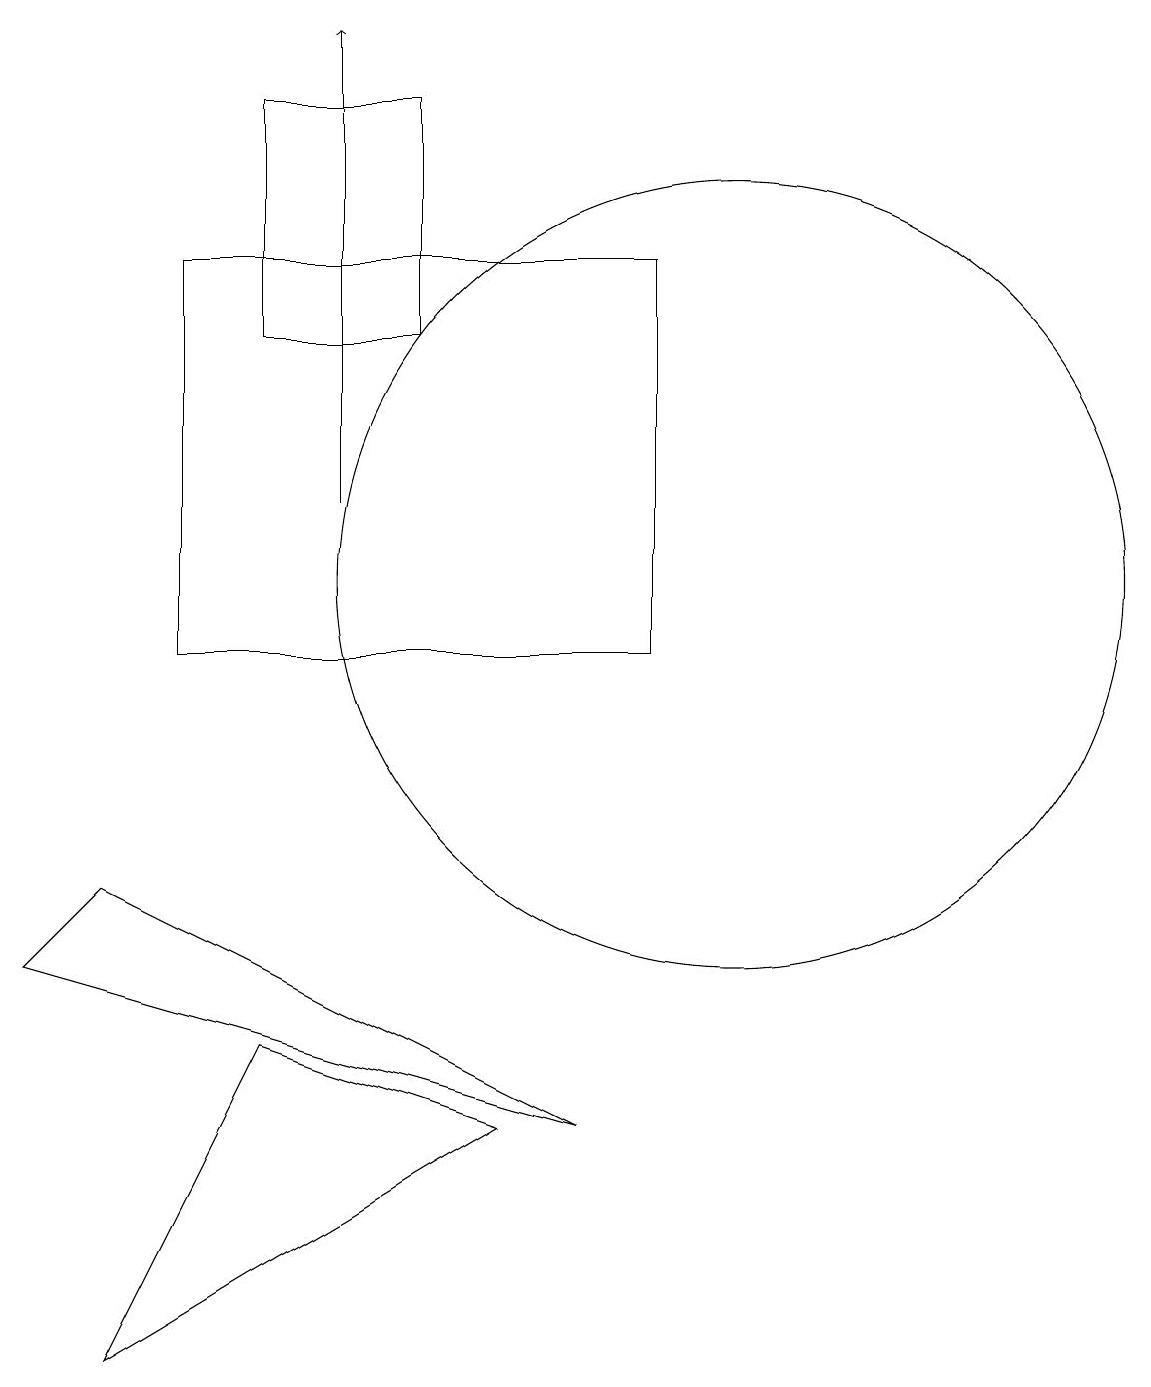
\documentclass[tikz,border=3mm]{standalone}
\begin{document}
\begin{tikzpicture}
\draw (10,12) circle (5);
\draw (4,18) rectangle (6,15);
\draw[->] (5,13) -- (5,19);
\draw (7,5) -- (2,2) -- (4,6) -- cycle;
\draw (3,16) rectangle (9,11);
\draw (2,8) -- (8,5) -- (1,7) -- cycle;
\draw (10,10) circle (0);
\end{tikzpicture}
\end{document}